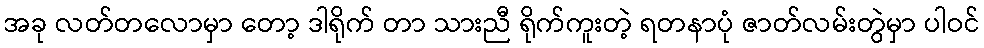
အခု လတ်တလောမှာ တော့ ဒါရိုက် တာ သားညီ ရိုက်ကူးတဲ့ ရတနာပုံ ဇာတ်လမ်းတွဲမှာ ပါဝင်